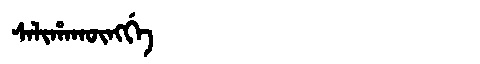
Manchu: ᠰᠠᠯᡳᡥᠠᡴᡡᠩᡤᡝ
Romanization: SALIHAKŪNGGE